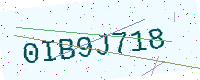
Text: 0IB9J718